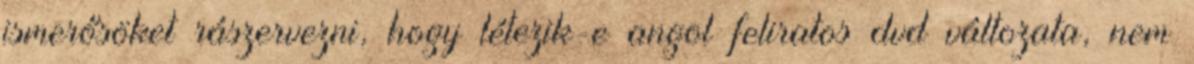
ismerősöket rászervezni, hogy létezik-e angol feliratos dvd változata, nem